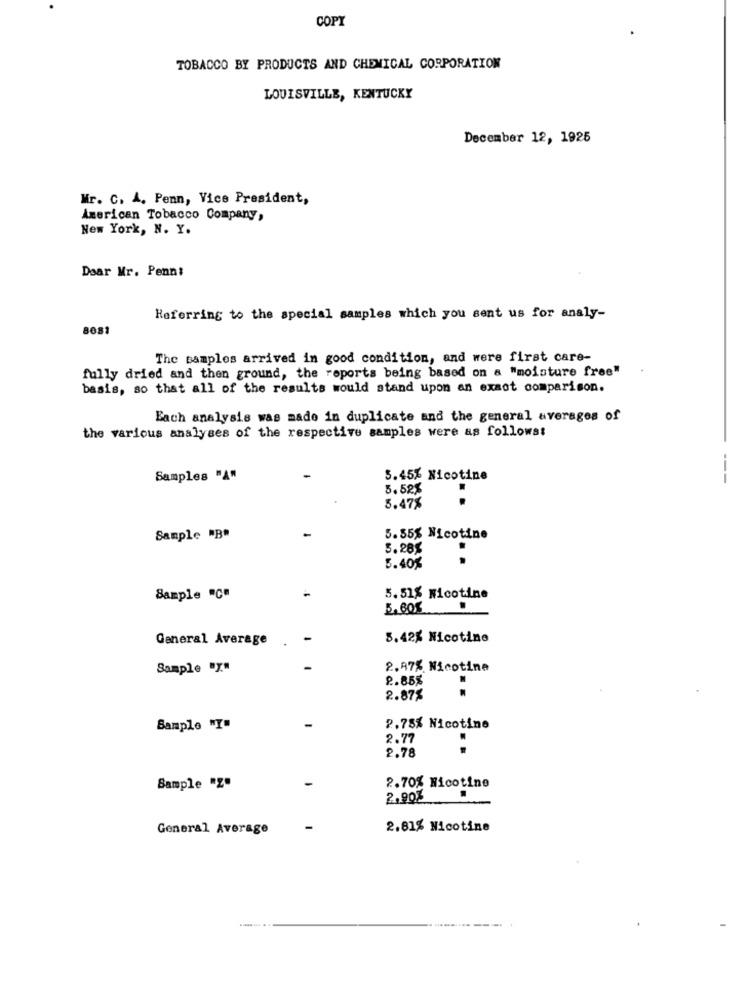
COPY
TOBACCO BY PRODUCTS AND CHEMICAL CORPORATION
LOUISVILLE, KENTUCKY
December 12, 1925
Mr. C. A. Penn, Vice President,
American Tobacco Company,
New York, N. Y.
Dear Mr. Penn:
Referring to the special samples which you sent us for analy-
8081
The samples arrived in good condition, and were first care-
fully dried and then ground, the reports being based on a "moisture free"
basis, so that all of the results would stand upon an exact comparison.
Each analysis was made in duplicate and the general averages of
the various analyses of the respective samples were as followst
Samples "A"
5.45% Nicotine
---
5.52%
5.47%
Sample "B"
5.55% Nicotine
5.28%
..
5.40%
Sample "C"
5.51% Nicotine
General Average
-
5.42% Nicotine
Sample "y"
2.97% Nicotine
2.85%
2.87%
Sample "I"
P.78% Nicotine
2.77
2.78
Sample "Z"
2.70% Nicotine
2.908.
General Average
2.81% Nicotine